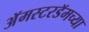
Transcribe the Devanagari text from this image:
अॅमस्टरडॅमच्या